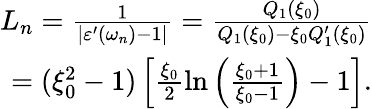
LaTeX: \begin{array}{r}{L_{n}=\frac{1}{|\varepsilon^{\prime}(\omega_{n})-1|}=\frac{Q_{1}(\xi_{0})}{Q_{1}(\xi_{0})-\xi_{0}Q_{1}^{\prime}(\xi_{0})}}\\ {=(\xi_{0}^{2}-1)\left[\frac{\xi_{0}}{2}\ln\left(\frac{\xi_{0}+1}{\xi_{0}-1}\right)-1\right].}\end{array}